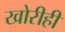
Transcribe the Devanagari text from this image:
खोरीही